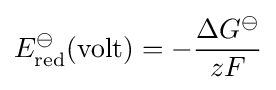
E_{\text{red}}^{\ominus }({\text{volt}})=-{\frac {\Delta G^{\ominus }}{zF}}